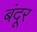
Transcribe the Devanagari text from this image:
बंदूर